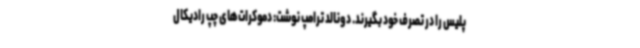
پلیس را در تصرف خود بگیرند. دونالد ترامپ نوشت: دموکرات‌های چپ رادیکال